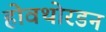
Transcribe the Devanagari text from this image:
होवथोरडन